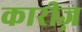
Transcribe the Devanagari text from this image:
कारीज़